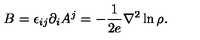
B = \epsilon _ { i j } \partial _ { i } A ^ { j } = - \frac { 1 } { 2 e } { \nabla } ^ { 2 } \ln \rho .